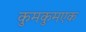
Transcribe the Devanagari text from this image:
कुमकुमएक